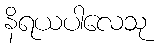
နိရယပါလေသု